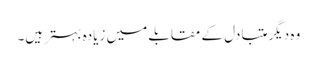
وہ دیگر متبادل کے مقابلے میں زیادہ بہتر ہیں۔